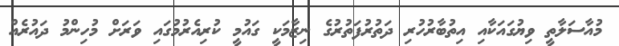
މުއާސަލާތީ ވިޔުގައަކާއި އިތުބާރުހުރި ދަތުރުފަތުރުގެ ނިޒާމަކީ ގައުމީ ކުރިއެރުމުގައި ވަރަށް މުހިންމު ދައުރެއް